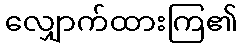
လျှောက်ထားကြ၏